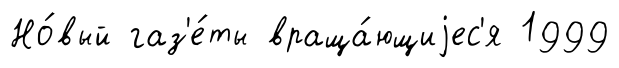
Но́вый газ'е́ты враща́ющиjес'я 1999